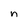
Character: n